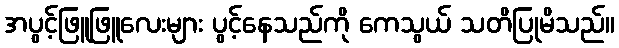
အပွင့်ဖြူဖြူလေးများ ပွင့်နေသည်ကို ကေသွယ် သတိပြုမိသည်။